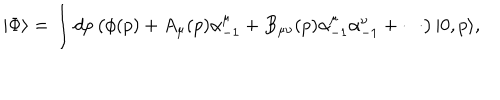
| \Phi \rangle = \int d p \left( \phi ( p ) + A _ { \mu } ( p ) \alpha _ { - 1 } ^ { \mu } + B _ { \mu \nu } ( p ) \alpha _ { - 1 } ^ { \mu } \alpha _ { - 1 } ^ { \nu } + \cdots \right) | 0 , p \rangle ,